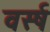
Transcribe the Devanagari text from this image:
वर्स्ष